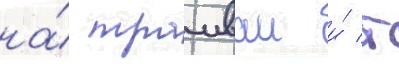
на́ трамваи и́ т